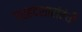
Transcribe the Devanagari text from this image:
ग्रहदशासंबंधी